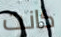
كانت